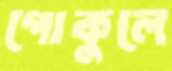
গোকুলে